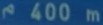
400 m